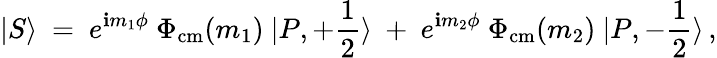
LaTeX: |S\rangle~=~e^{\mathbf{i}m_{1}\phi}~\Phi_{\mathrm{{cm}}}(m_{1})~|P,+{\frac{{1}}{{2}}}\rangle~+~e^{\mathbf{i}m_{2}\phi}~\Phi_{\mathrm{{cm}}}(m_{2})~|P,-{\frac{{1}}{{2}}}\rangle\, ,